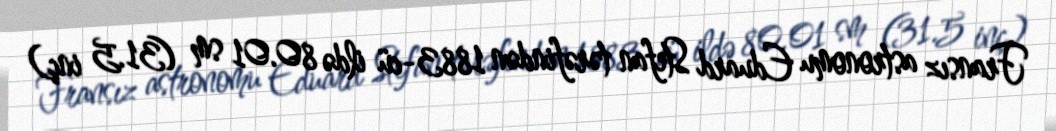
Fransız astronomu Eduard Stefan tərəfindən 1883-cü ildə 80.01 sm (31.5 inç)